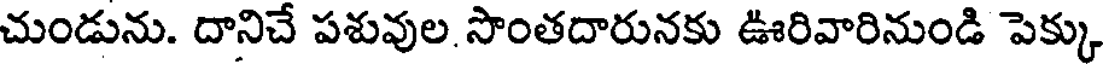
చుండును. దానిచే పశువుల సొంతదారునకు ఊరివారినుండి పెక్కు